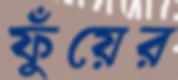
ফুঁয়ের